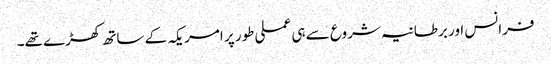
فرانس اور برطانیہ شروع سے ہی عملی طور پر امریکہ کے ساتھ کھڑے تھے۔